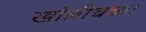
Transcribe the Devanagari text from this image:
खोलीचच्या